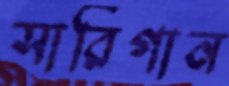
সারিগান